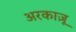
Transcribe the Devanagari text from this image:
अरकाज़ू